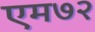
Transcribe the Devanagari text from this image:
एम७२